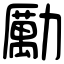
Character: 勵